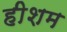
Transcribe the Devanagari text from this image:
हीशम